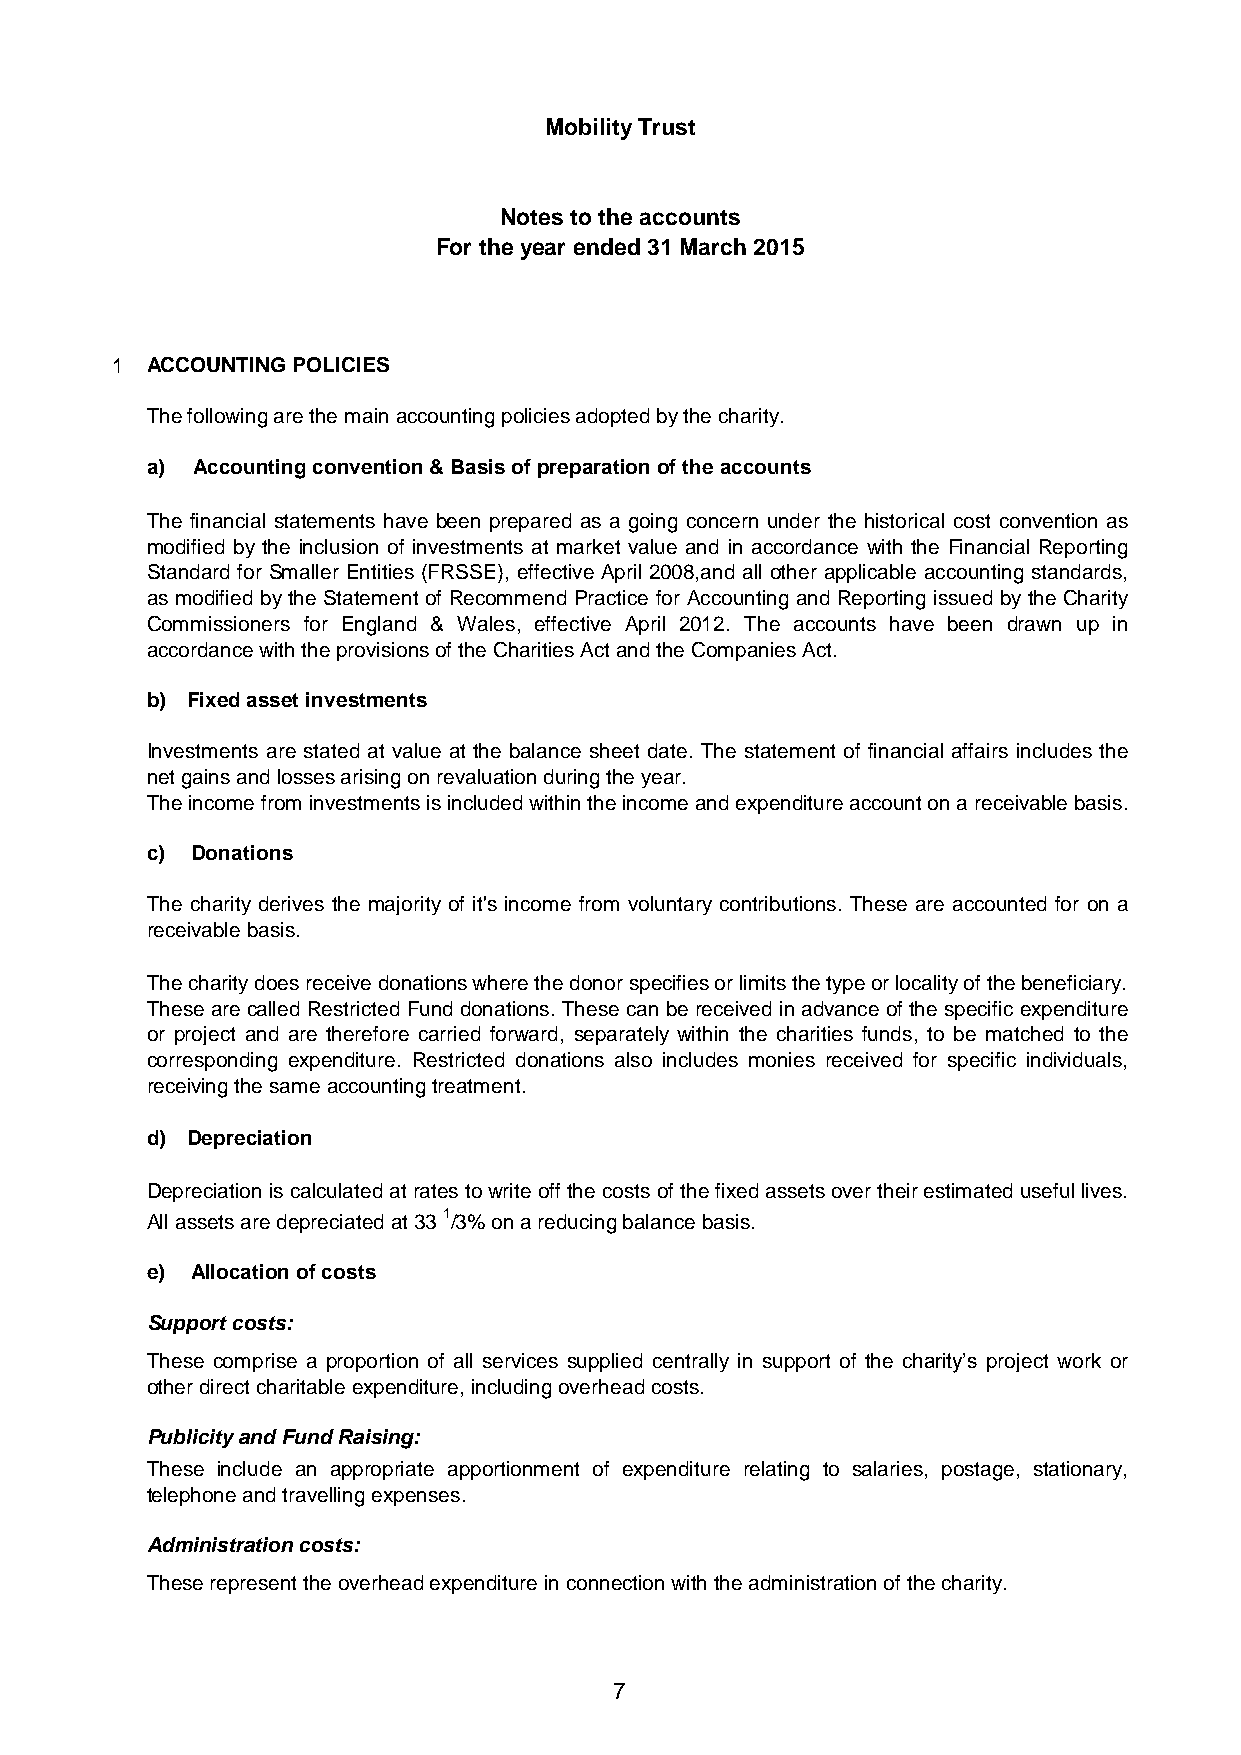
Mobility Trust
 Notes to the accounts
 For the year ended 31 March 2015
 1  ACCOUNTING POLICIES
 The following are the main accounting policies adopted by the charity.
 a) Accounting convention & Basis of preparation of the accounts
 The financial statements have been prepared as a going concern under the historical cost convention as
 modified by the inclusion of investments at market value and in accordance with the Financial Reporting
 Standard for Smaller Entities (FRSSE), effective April 2008,and all other applicable accounting standards,
 as modified bythe Statement of Recommend Practice for Accounting and Reporting issued bythe Charity
 Commissioners for England & Wales, effective April 2012. The accounts have been drawn up in
 accordance with the provisions of the Charities Act and the Companies Act.
 b) Fixed asset investments
 Investments are stated at value at the balance sheet date. The statement of financial affairs includes the
 net gains and losses arising on revaluation during the year.
 The income from investments is included within the income and expenditure account on a receivable basis.
 c) Donations
 The charity derives the majority of it's income from voluntary contributions. These are accounted for on a
 receivable basis.
 The charity does receive donations where the donor specifies or limits the type or locality of the beneficiary.
 ThesearecalledRestrictedFunddonations. Thesecanbereceived inadvance ofthespecific expenditure
 or project and are therefore carried forward, separately within the charities funds, to be matched to the
 corresponding expenditure. Restricted donations also includes monies received for specific individuals,
 receiving the same accounting treatment.
 d) Depreciation
 Depreciationiscalculatedatratestowriteoff thecostsofthefixedassetsovertheirestimatedusefullives.
 All assets are depreciated at 33 1/3% on a reducing balance basis.
 e) Allocation of costs
 Support costs:
 These comprise a proportion of all services supplied centrally in support of the charity’s project work or
 other direct charitable expenditure, including overhead costs.
 Publicity and Fund Raising:
 These include an appropriate apportionment of expenditure relating to salaries, postage, stationary,
 telephone and travelling expenses.
 Administration costs:
 These represent the overhead expenditure in connection with the administration of the charity.
 7